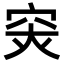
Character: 𥥍